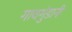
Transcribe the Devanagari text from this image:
गावगुंडानी